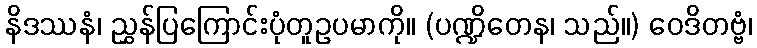
နိဒဿနံ၊ ညွှန်ပြကြောင်းပုံတူဥပမာကို။ (ပဏ္ဍိတေန၊ သည်။) ဝေဒိတဗ္ဗံ၊